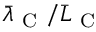
\bar { \lambda } _ { \mathrm { ~ C ~ } } / \bar { L } _ { \mathrm { ~ C ~ } }